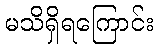
မသိရှိရကြောင်း